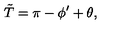
\tilde { T } = \pi - \phi ^ { \prime } + \theta ,